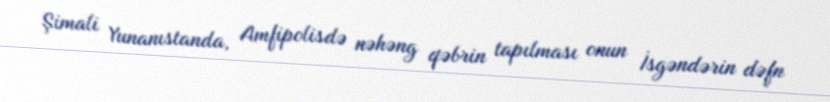
Şimali Yunanıstanda, Amfipolisdə nəhəng qəbrin tapılması onun İsgəndərin dəfn